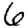
Digit: 6